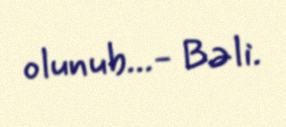
olunub...- Bəli.